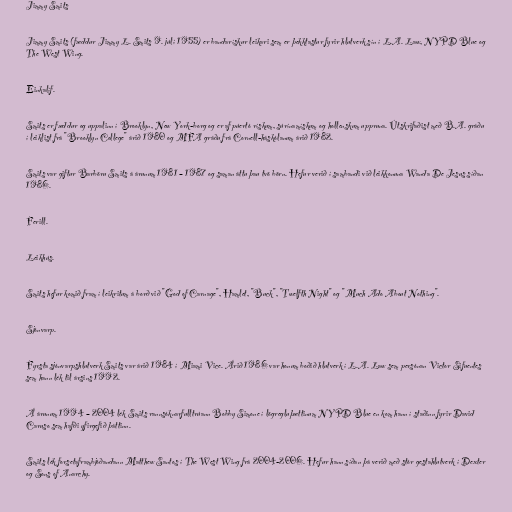
Jimmy Smits

Jimmy Smits (fæddur Jimmy L. Smits 9. júlí 1955) er bandarískur leikari sem er þekktastur fyrir hlutverk sín í L.A. Law, NYPD Blue og
The West Wing.

Einkalíf.

Smits er fæddur og uppalinn í Brooklyn, New York-borg og er af púertó rískum, súrínamískum og hollenskum uppruna. Útskrifaðist með B.A. gráðu
í leiklist frá "Brooklyn College" árið 1980 og MFA gráðu frá Cornell-háskólanum árið 1982.

Smits var giftur Barböru Smits á árunum 1981 – 1987 og saman áttu þau tvö börn. Hefur verið í sambandi við leikkonuna Wanda De Jesus síðan
1986.

Ferill.

Leikhús.

Smits hefur komið fram í leikritum á borð við "God of Carnage", Hamlet, "Buck", "Twelfth Night" og "Much Ado About Nothing".

Sjónvarp.

Fyrsta sjónvarpshlutverk Smits var árið 1984 í Miami Vice. Árið 1986 var honum boðið hlutverk í L.A. Law sem persónan Victor Sifuentes
sem hann lék til ársins 1992.

Á árunum 1994 – 2004 lék Smits rannsóknarfulltrúann Bobby Simone í lögregluþættinum NYPD Blue en kom hann í staðinn fyrir David
Caruso sem hafði yfirgefið þáttinn.

Smits lék forsetaframbjóðandann Matthew Santos í The West Wing frá 2004-2006. Hefur hann síðan þá verið með stór gestahlutverk í Dexter
og Sons of Anarchy.